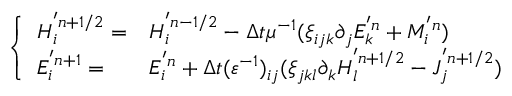
\left\{ \begin{array} { l l } { H _ { i } ^ { ' n + 1 / 2 } = } & { H _ { i } ^ { ' n - 1 / 2 } - \Delta t \mu ^ { - 1 } ( \xi _ { i j k } \partial _ { j } E _ { k } ^ { ' n } + M _ { i } ^ { ' n } ) } \\ { E _ { i } ^ { ' n + 1 } = } & { E _ { i } ^ { ' n } + \Delta t ( \varepsilon ^ { - 1 } ) _ { i j } ( \xi _ { j k l } \partial _ { k } H _ { l } ^ { ' n + 1 / 2 } - J _ { j } ^ { ' n + 1 / 2 } ) } \end{array} \right.